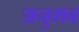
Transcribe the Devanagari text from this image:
अनुभब